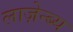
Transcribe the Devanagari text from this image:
लाज़ेन्ब्य